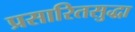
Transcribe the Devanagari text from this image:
प्रसारितसुद्धा